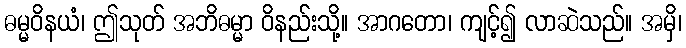
ဓမ္မဝိနယံ၊ ဤသုတ် အဘိဓမ္မာ ဝိနည်းသို့။ အာဂတော၊ ကျင့်၍ လာဆဲသည်။ အမှိ၊